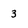
Character: 3